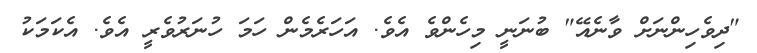
"ދިވެހިންނަށް ވާނެއޭ" ބުނަނީ މިހެންވެ އެވެ. އަހަރެމެން ހަމަ ހުނަރުވެރީ އެވެ. އެކަމަކު